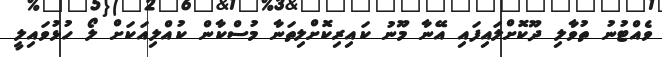
ވެއްޓުނު ތުވާލި ދޫކޮށްލައިފައި އޭނާ މޫނު ކައިރިކޮށްލިތަނާ މުސްކާން ކުއްލިއަކަށް ލޯ ހުޅުވައިލީ